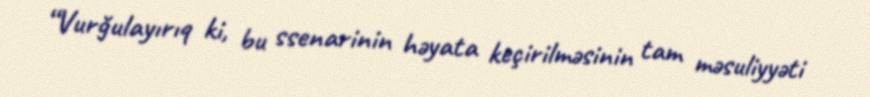
“Vurğulayırıq ki, bu ssenarinin həyata keçirilməsinin tam məsuliyyəti